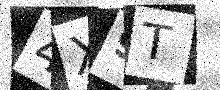
Text: 4X9T